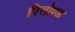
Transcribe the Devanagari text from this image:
पिसोण्ड